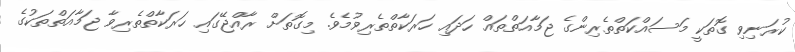
ކުރަނިވި ގޮތަކީ މަސައްކަތްތެރިންގެ ޖަމާއަތްތައް ހަދައި ހަރަކާތްތެރިވުމެވެ. މިގޮތަށް ރާއްޖޭގައި ހަރަކާތްތެރިވާ ޖަމާއަތްތަކުގެ